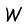
Character: W